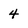
Character: 4